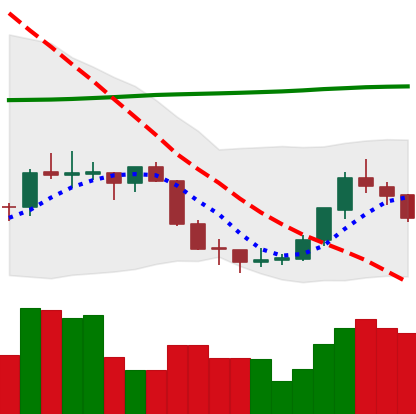
Ticker: EOS-USD
Chart end date: 2018-07-20
Forward return: 7.749%
Label: up_7plus